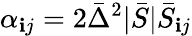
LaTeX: \alpha_{\mathbf{i}j}=2\bar{{\Delta}}^{2}|\bar{{S}}|\bar{{S}}_{\mathbf{i}j}